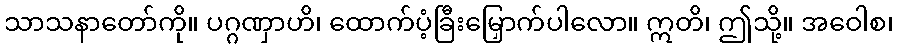
သာသနာတော်ကို။ ပဂ္ဂဏှာဟိ၊ ထောက်ပံ့ခြီးမြှောက်ပါလော။ ဣတိ၊ ဤသို့။ အဝေါစ၊